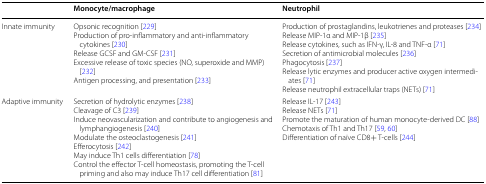
<table><thead><tr><td></td><td><b>Monocyte/macrophage</b></td><td><b>Neutrophil</b></td></tr></thead><tbody><tr><td>Innate immunity</td><td>Opsonic recognition [229]Production of pro-inflammatory and anti-inflammatory cytokines [230]Release GCSF and GM-CSF [231]Excessive release of toxic species (NO, superoxide and MMP) [232]Antigen processing, and presentation [233]</td><td>Production of prostaglandins, leukotrienes and proteases [234]Release MIP-1α and MIP-1β [235]Release cytokines, such as IFN-γ, IL-8 and TNF-α [71]Secretion of antimicrobial molecules [236]Phagocytosis [237]Release lytic enzymes and producer active oxygen intermediates [71]Release neutrophil extracellular traps (NETs) [71]</td></tr><tr><td>Adaptive immunity</td><td>Secretion of hydrolytic enzymes [238]Cleavage of C3 [239]Induce neovascularization and contribute to angiogenesis and lymphangiogenesis [240]Modulate the osteoclastogenesis [241]Efferocytosis [242]May induce Th1 cells differentiation [78]Control the effector T-cell homeostasis, promoting the T-cell priming and also may induce Th17 cell differentiation [81]</td><td>Release IL-17 [243]Release NETs [71]Promote the maturation of human monocyte-derived DC [88]Chemotaxis of Th1 and Th17 [59, 60]Differentiation of naïve CD8+ T-cells [244]</td></tr></tbody></table>